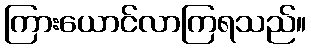
ကြားယောင်လာကြရသည်။